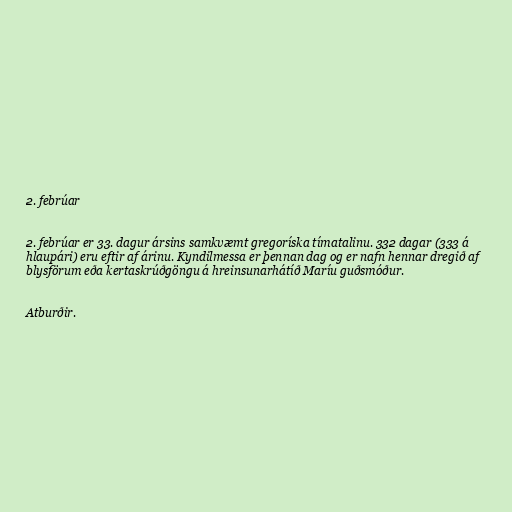
2. febrúar

2. febrúar er 33. dagur ársins samkvæmt gregoríska tímatalinu. 332 dagar (333 á
hlaupári) eru eftir af árinu. Kyndilmessa er þennan dag og er nafn hennar dregið af
blysförum eða kertaskrúðgöngu á hreinsunarhátíð Maríu guðsmóður.

Atburðir.